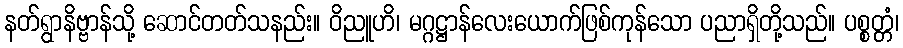
နတ်ရွာနိဗ္ဗာန်သို့ ဆောင်တတ်သနည်း။ ဝိညူဟိ၊ မဂ္ဂဋ္ဌာန်လေးယောက်ဖြစ်ကုန်သော ပညာရှိတို့သည်။ ပစ္စတ္တံ၊